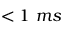
< 1 ~ m s